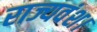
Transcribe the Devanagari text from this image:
राज्यवंश।